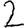
Digit: 2